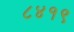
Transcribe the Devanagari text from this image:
८४१९